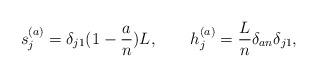
LaTeX: \begin{align*}s_j^{(a)}=\delta_{j1}(1-{a\over n})L, \qquad h_j^{(a)}={L\over n}\delta_{an}\delta_{j1},\end{align*}